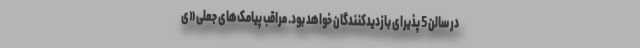
در سالن 5 پذیرای بازدیدکنندگان خواهد بود. مراقب پیامک‌های جعلی «ی